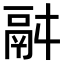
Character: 𩰫